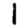
Digit: 1